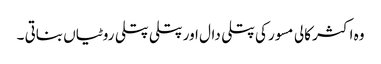
وہ اکثر کالی مسور کی پتلی دال اور پتلی پتلی روٹیاں بناتی ۔